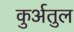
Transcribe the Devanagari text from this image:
कुर्अतुल